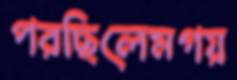
পরছিলেমগয়